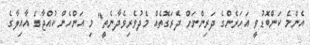
އެންމެ ކަންބޮޑުވީ އަހަރެންގެ ދަރިންނަށް ދެރަގޮތެއް މެދުވެރިވެދާނެތީ" މި އަންހެން ކުއްޖާގެ އާއިލާގެ